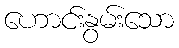
ဟောင်းနွမ်းသော